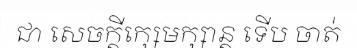
ជា សេចក្តីក្សេមក្សាន្ត ទើប ចាត់